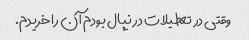
وقتی در تعطیلات در نپال بودم آن را خریدم.